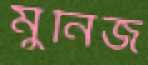
মুনিজ